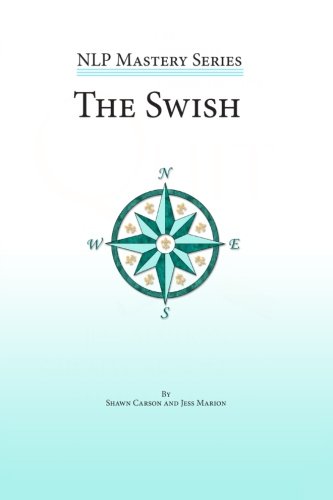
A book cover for The Swish: An In Depth Look at this Powerful NLP Pattern (NLP Mastery); Shawn Carson; Self-Help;